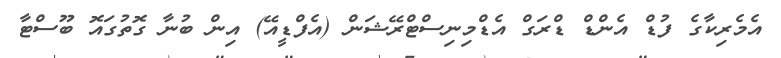
އެމެރިކާގެ ފުޑް އެންޑް ޑްރަގް އެޑްމިނިސްޓްރޭޝަން (އެފްޑީއޭ) އިން ބުނާ ގޮތުގައޮ ބޫސްޓާ